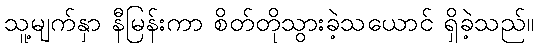
သူ့မျက်နှာ နီမြန်းကာ စိတ်တိုသွားခဲ့သယောင် ရှိခဲ့သည်။